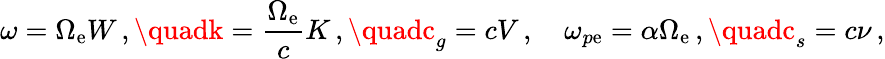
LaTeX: \omega=\Omega_{\mathrm{e}}W\, ,\quadk=\frac{{\Omega_{\mathrm{e}}}}{{c}}K\, ,\quadc_{g}=cV\, ,\quad\omega_{p\mathrm{e}}=\alpha\Omega_{\mathrm{e}}\, ,\quadc_{s}=c\nu\, ,